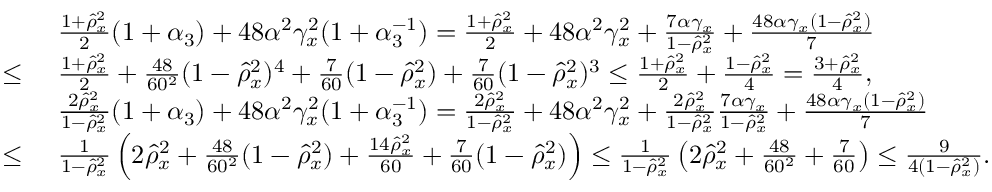
\begin{array} { r l } & { ~ \textstyle \frac { 1 + \widehat \rho _ { x } ^ { 2 } } { 2 } ( 1 + \alpha _ { 3 } ) + 4 8 \alpha ^ { 2 } \gamma _ { x } ^ { 2 } ( 1 + \alpha _ { 3 } ^ { - 1 } ) = \frac { 1 + \widehat \rho _ { x } ^ { 2 } } { 2 } + 4 8 \alpha ^ { 2 } \gamma _ { x } ^ { 2 } + \frac { 7 \alpha \gamma _ { x } } { 1 - \widehat \rho _ { x } ^ { 2 } } + \frac { 4 8 \alpha \gamma _ { x } ( 1 - \widehat \rho _ { x } ^ { 2 } ) } { 7 } } \\ { \leq } & { ~ \textstyle \frac { 1 + \widehat \rho _ { x } ^ { 2 } } { 2 } + \frac { 4 8 } { 6 0 ^ { 2 } } ( 1 - \widehat \rho _ { x } ^ { 2 } ) ^ { 4 } + \frac { 7 } { 6 0 } ( 1 - \widehat \rho _ { x } ^ { 2 } ) + \frac { 7 } { 6 0 } ( 1 - \widehat \rho _ { x } ^ { 2 } ) ^ { 3 } \leq \frac { 1 + \widehat \rho _ { x } ^ { 2 } } { 2 } + \frac { 1 - \widehat \rho _ { x } ^ { 2 } } { 4 } = \frac { 3 + \widehat \rho _ { x } ^ { 2 } } { 4 } , } \\ & { ~ \textstyle \frac { 2 \widehat \rho _ { x } ^ { 2 } } { 1 - \widehat \rho _ { x } ^ { 2 } } ( 1 + \alpha _ { 3 } ) + 4 8 \alpha ^ { 2 } \gamma _ { x } ^ { 2 } ( 1 + \alpha _ { 3 } ^ { - 1 } ) = \frac { 2 \widehat \rho _ { x } ^ { 2 } } { 1 - \widehat \rho _ { x } ^ { 2 } } + 4 8 \alpha ^ { 2 } \gamma _ { x } ^ { 2 } + \frac { 2 \widehat \rho _ { x } ^ { 2 } } { 1 - \widehat \rho _ { x } ^ { 2 } } \frac { 7 \alpha \gamma _ { x } } { 1 - \widehat \rho _ { x } ^ { 2 } } + \frac { 4 8 \alpha \gamma _ { x } ( 1 - \widehat \rho _ { x } ^ { 2 } ) } { 7 } } \\ { \leq } & { ~ \textstyle \frac { 1 } { 1 - \widehat \rho _ { x } ^ { 2 } } \left( 2 \widehat \rho _ { x } ^ { 2 } + \frac { 4 8 } { 6 0 ^ { 2 } } ( 1 - \widehat \rho _ { x } ^ { 2 } ) + \frac { 1 4 \widehat \rho _ { x } ^ { 2 } } { 6 0 } + \frac { 7 } { 6 0 } ( 1 - \widehat \rho _ { x } ^ { 2 } ) \right) \leq \frac { 1 } { 1 - \widehat \rho _ { x } ^ { 2 } } \left( 2 \widehat \rho _ { x } ^ { 2 } + \frac { 4 8 } { 6 0 ^ { 2 } } + \frac { 7 } { 6 0 } \right) \leq \frac { 9 } { 4 ( 1 - \widehat \rho _ { x } ^ { 2 } ) } . } \end{array}